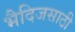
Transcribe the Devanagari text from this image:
भैदिजसाठी